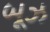
બૂઝ